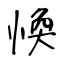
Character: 愌